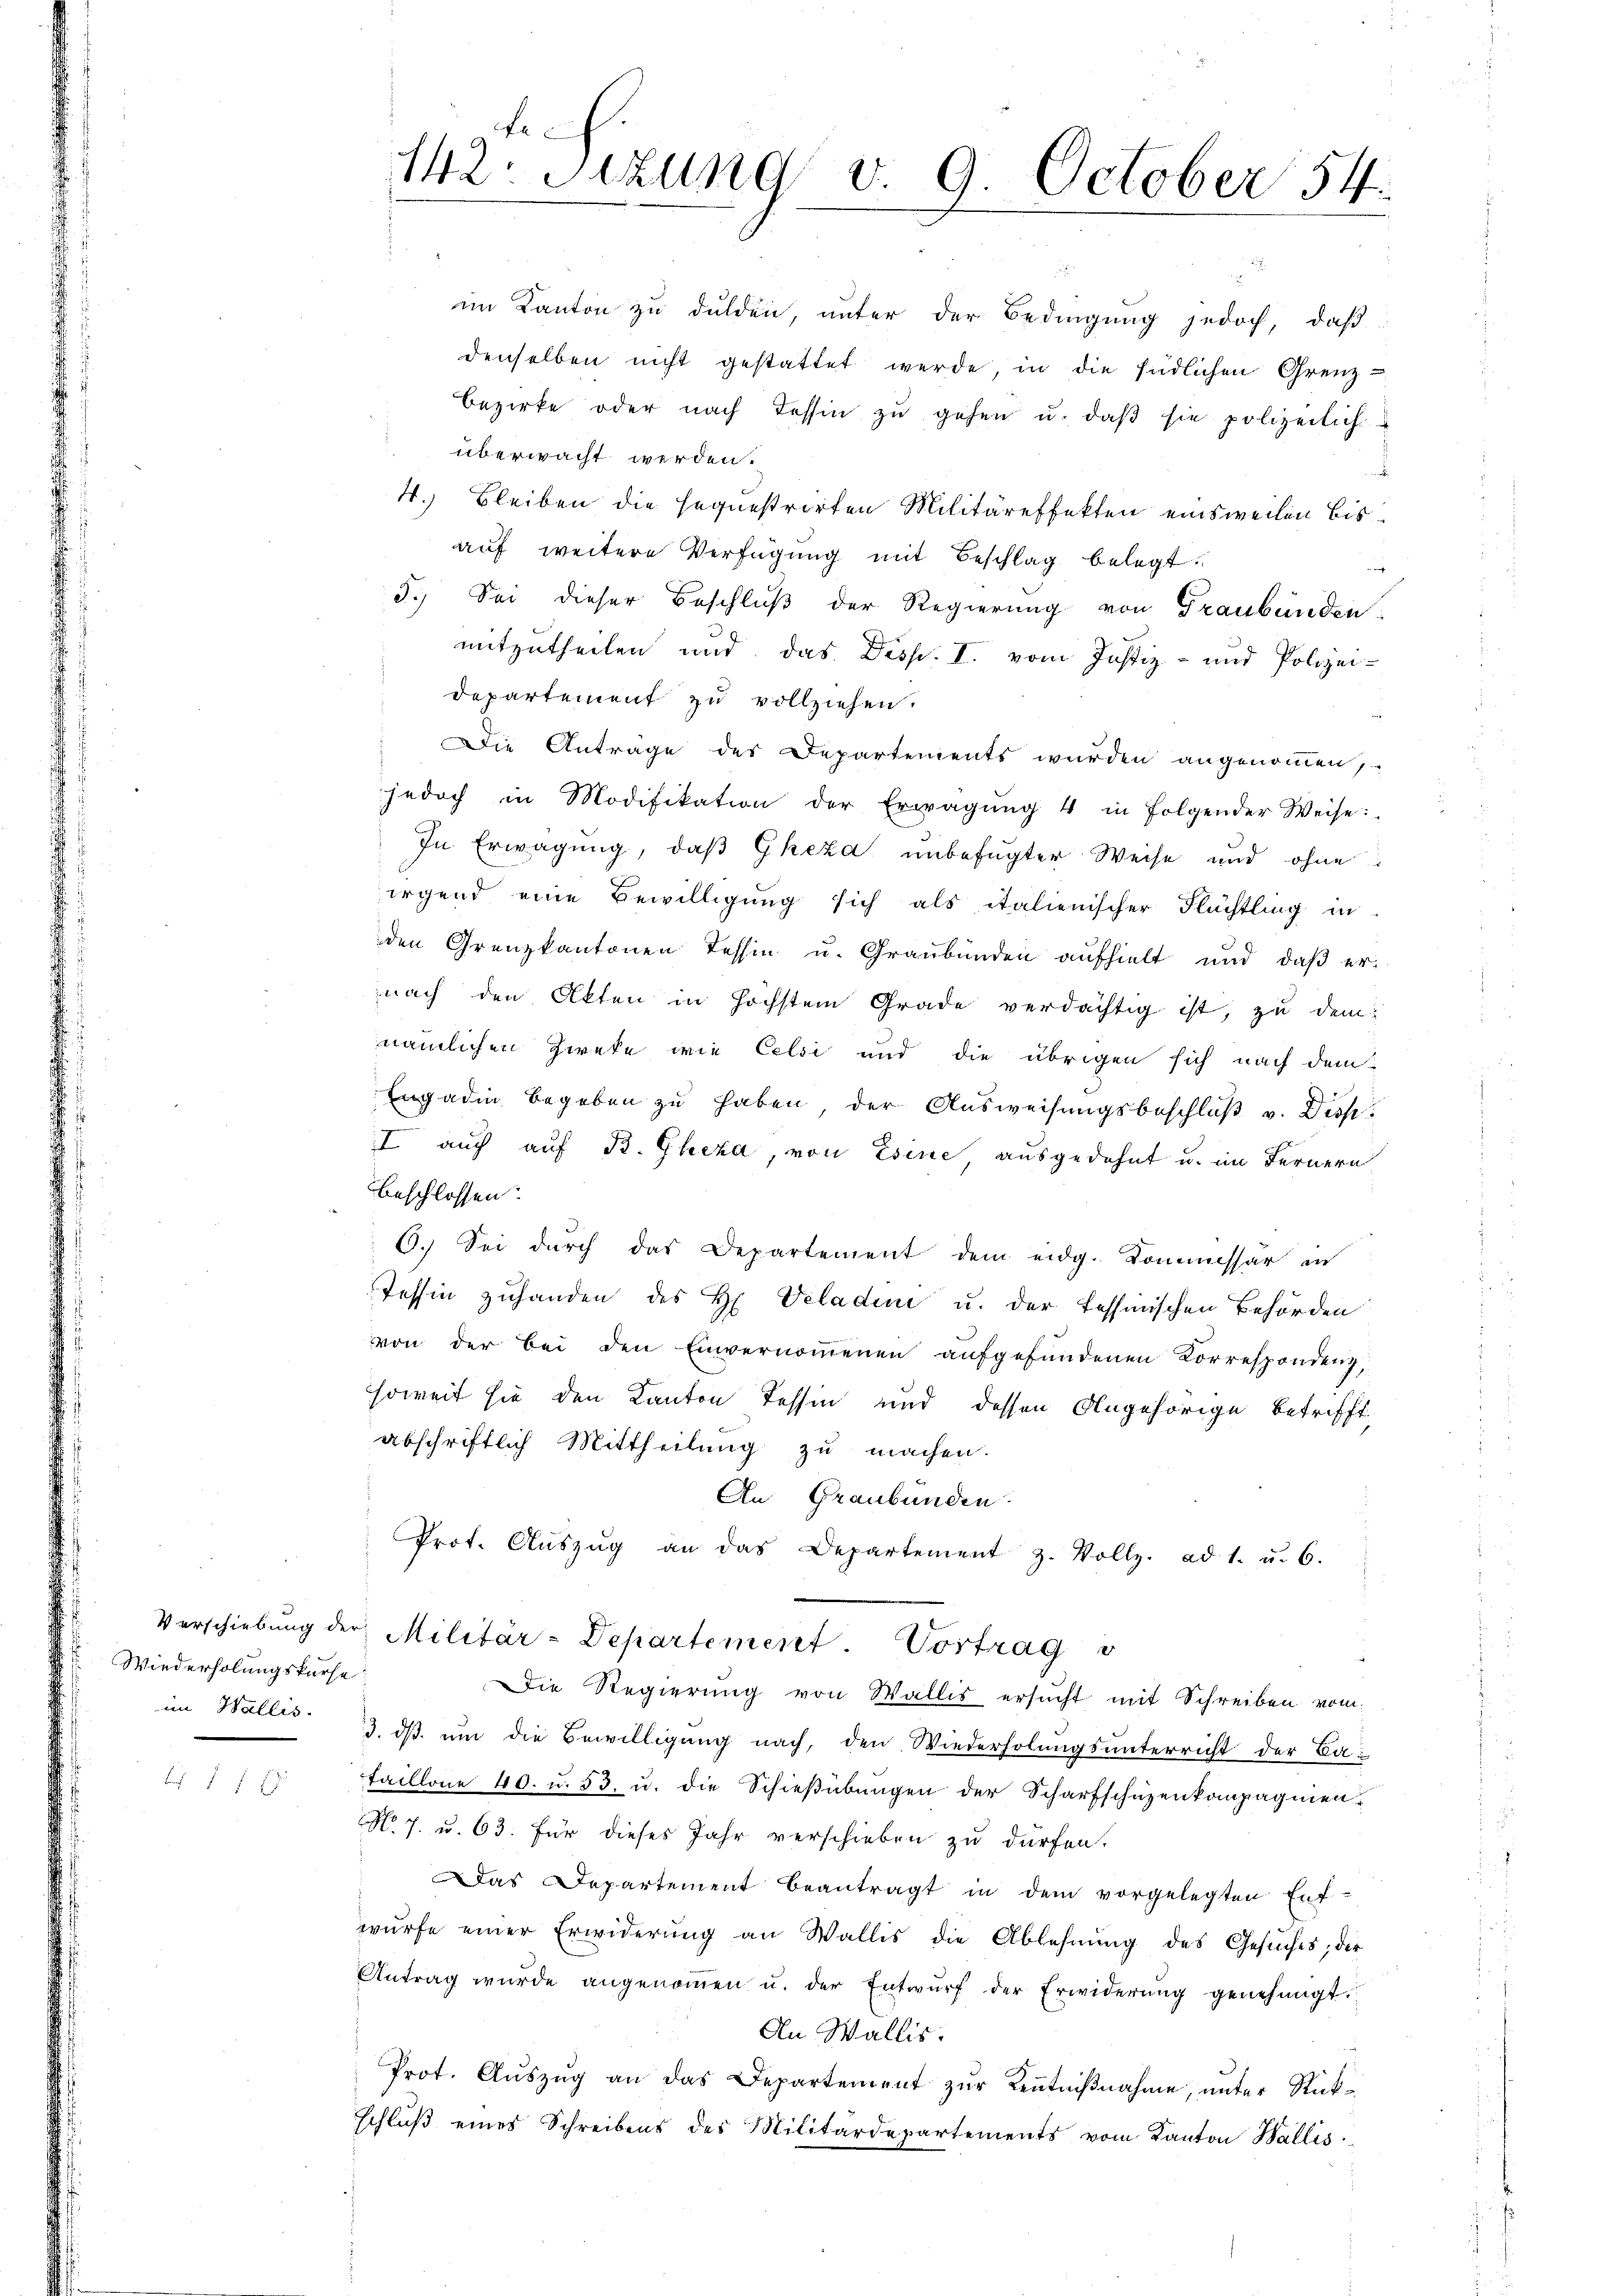
Wiederholungskurse

u

Fe
142: Sizung v. 9. October 54.

im Kanton zu dulden, unter der Bedingung jedoch, daß
denselben nicht gestattet werde, in die südlichen Grenz-
Bezirke oder nach Tessin zŭ gehen u. daβ sie polizeilich
überwacht werden.
4. Bleiben die sequestrirten Militäreffekten einsweilen bisaŭf weitere Verfügŭng mit Beschlag belegt:
i
3.) Sei dieser Beschlŭβ der Regierung von Graubünden
mitzutheilen und das Disp. I. vom Justiz- und Polizei-
departement zu vollziehen.
Die Anträge des Departements wurden angenommen,
jedoch in Modifikation der Erwägŭng 4 in folgender Weise:
In Erwägung, daß Gheza unbefugter Weise und ohne
irgend eine Bewilligung sich als italienischer Flüchtling in
den Grenzkantonen Tessin u. Graubünden aufhielt und daß er-
nach den Akten in höchstem Grade verdächtig ist, zu dem
nämlichen Zweke wie Celsi und die übrigen sich nach dem
Engadin begeben zu haben, der Ausweisungsbeschluß v. Disp.
I auch auf B. Gheza, von Esine, ausgedehnt u. im Fernern
beschlossen:
6.) Sei durch das Departement dem eidg. Kommissär in
Tessin zuhanden des H. Veladen u. der fessinischen Behörden
von der bei den Einvernoṁenen aŭfgefŭndenen Korrespondenz,
soweit sie den Kanton Tessin und dessen Angehörige betrifft,
abschriftlich Mittheilung zu machen.
An Graubünden.
Prof. Aŭszŭg an das Departement z. Vollz. ad 1. u. 6.
Verschiebung der Militär-Departement. Vortrag
Die Regierung von Wallis ersucht mit Schreiben vom
Wallis. 3. dβ ŭm die Bewilligung nach, den Wiederholungsunterricht der Ba-
taillone 40. u. 53. u. die Schießübungen der Scharfschuzenkompagnien
No. 7. u. 63. Für dieses Jahr verschieben zu dürfen.
Das Departement beantragt in dem vorgelegten Ent-
würfe einer Erwiderung an Wallis die Ablehnŭng des Gesŭches, der
Antrag wurde angenoṁen u. der Entwŭrf der Erwiderŭng genehmigt.
An Wallis.
Prot. Auszug an das Departement zur Kenntnißnahme, unter Rückschluß eines Schreibens des Militärdepartements vom Kanton Wallis